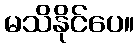
မသိနိုင်ပေ။